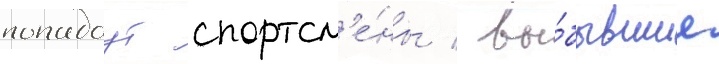
попадаут спортсм'е́ны / вы́бывшие